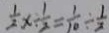
\frac { 1 } { 2 } x \div \frac { 1 } { 2 } = \frac { 1 } { 1 0 } \div \frac { 1 } { 2 }